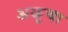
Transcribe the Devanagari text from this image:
अळूचा